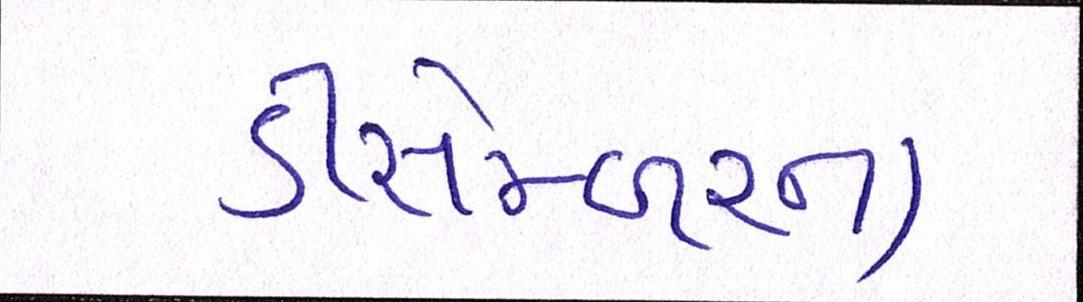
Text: ડીસેમ્બરના